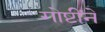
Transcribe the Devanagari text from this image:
गोष्टींने